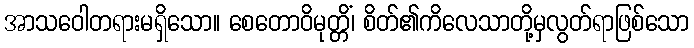
အာသဝေါတရားမရှိသော။ စေတောဝိမုတ္တိံ၊ စိတ်၏ကိလေသာတို့မှလွတ်ရာဖြစ်သော